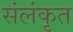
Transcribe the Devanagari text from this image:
संलंकृत